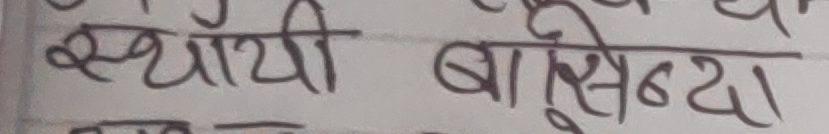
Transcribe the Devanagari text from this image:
स्थायी बासिन्दा